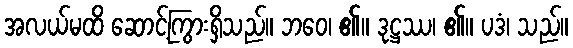
အလယ်မထိ ဆောင့်ကြွားရှိသည်။ ဘဝေ၊ ၏။ ဒုဋ္ဌဿ၊ ၏။ ပဒံ၊ သည်။